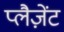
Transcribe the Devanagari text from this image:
प्लैज़ेंट